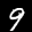
Label: 9